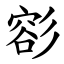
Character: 彮